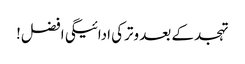
تہجد کے بعد وترکی ادائیگی افضل!